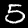
Label: 5